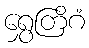
ရွှေတြိဂံ